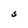
Character: S